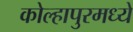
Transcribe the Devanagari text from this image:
कोल्हापुरमध्ये